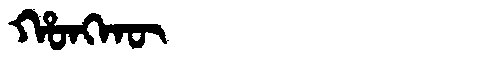
Manchu: ᡥᠣᠩᡴᡡ
Romanization: HONGKŪ